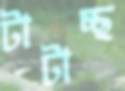
টাটাচ্ছ